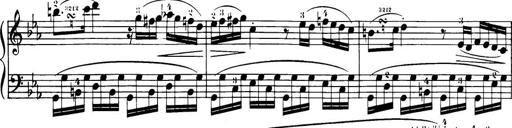
Title: 32 Sonatinas and Rondos for the Piano
Composer: Richard Kleinmichel